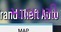
માલાણી